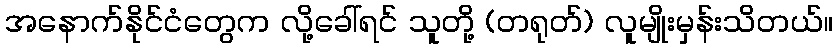
အနောက်နိုင်ငံတွေက လို့ခေါ်ရင် သူတို့ (တရုတ်) လူမျိုးမှန်းသိတယ်။